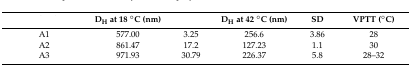
<table><thead><tr><td>[EMPTY_CELL]</td><td><b>D<sub>H</sub> at 18 °C (nm)</b></td><td>[EMPTY_CELL]</td><td><b>D<sub>H</sub> at 42 °C (nm)</b></td><td><b>SD</b></td><td><b>VPTT (°C)</b></td></tr></thead><tbody><tr><td>A1</td><td>577.00</td><td>3.25</td><td>256.6</td><td>3.86</td><td>28</td></tr><tr><td>A2</td><td>861.47</td><td>17.2</td><td>127.23</td><td>1.1</td><td>30</td></tr><tr><td>A3</td><td>971.93</td><td>30.79</td><td>226.37</td><td>5.8</td><td>28–32</td></tr></tbody></table>